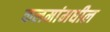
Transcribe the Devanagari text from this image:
कलमांमधील